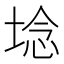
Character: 埝